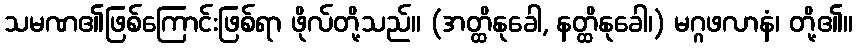
သမဏ၏ဖြစ်ကြောင်းဖြစ်ရာ ဖိုလ်တို့သည်။ (အတ္ထိနုခေါ, နတ္ထိနုခေါ၊) မဂ္ဂဖလာနံ၊ တို့၏။